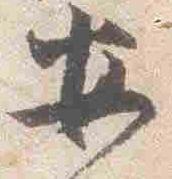
安